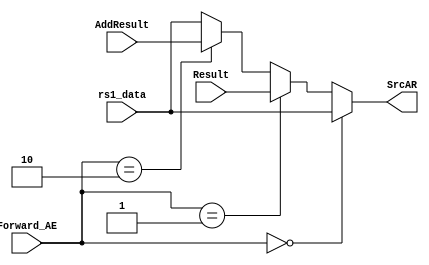
`timescale 1ns / 1ps
//////////////////////////////////////////////////////////////////////////////////
// Company: 
// Engineer: 
// 
// Design Name: 
// Module Name: Execute_mux_1
// Project Name: 
// Target Devices: 
// Tool Versions: 
// Description: 
// 
// Dependencies: 
// 
// Revision:
// Revision 0.01 - File Created
// Additional Comments:
// 
//////////////////////////////////////////////////////////////////////////////////


module Execute_mux_1(
input [31:0] rs1_data,
input [31:0] Result,
input [31:0] AddResult,
input [1:0] Forward_AE,
output [31:0] SrcAR
    );
    
    assign SrcAR =  (Forward_AE==2'b00)?rs1_data:
                    (Forward_AE==2'b01)?Result:
                    (Forward_AE==2'b10)?AddResult:rs1_data;
    
endmodule